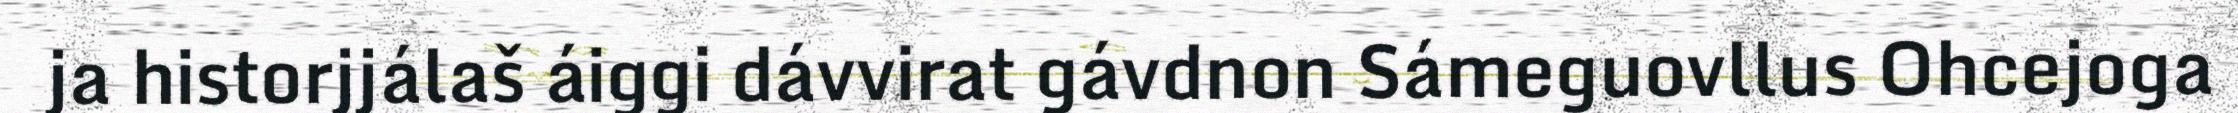
ja historjjálaš áiggi dávvirat gávdnon Sámeguovllus Ohcejoga